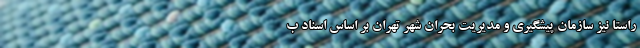
راستا نیز سازمان پیشگیری و مدیریت بحران شهر تهران بر اساس اسناد ب